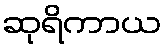
ဆုရိကာယ